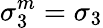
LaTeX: \sigma_{3}^{m}=\sigma_{3}